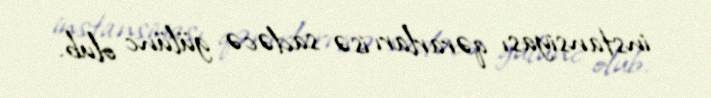
instansiyası qərarları isə sadəcə gülünc olub.